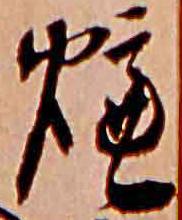
爐